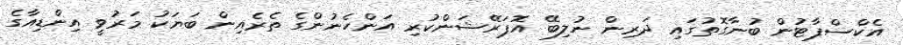
އެކްސްޕާޓުން ބުނާގޮތުގައި ދަރިން ނުލިބޭ އޮޕަރޭޝަންކުރި އަންހެނުންގެ ތެރެއިން ބަޔަކު މަރުވީ އިންޑިއާގެ